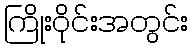
ကြိုးဝိုင်းအတွင်း